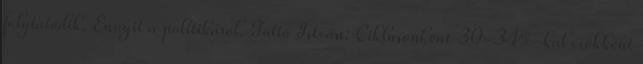
folytatódik. Ennyit a politikáról. Tüttő István: Ciklusonként 30-34%-kal csökkent